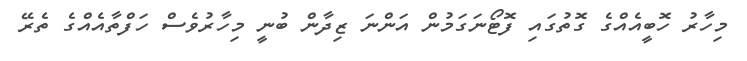
މިހާރު ހޮބީއެއްގެ ގޮތުގައި ފޮޓޯނަގަމުން އަންނަ ޒިދާން ބުނީ މިހާރުވެސް ހަފްތާއެއްގެ ތެރޭ